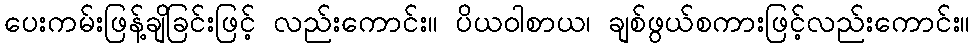
ပေးကမ်းဖြန့်ချိခြင်းဖြင့် လည်းကောင်း။ ပိယဝါစာယ၊ ချစ်ဖွယ်စကားဖြင့်လည်းကောင်း။